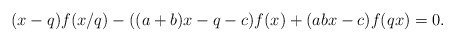
\begin{align*}(x-q) f(x/q) - ((a+b)x -q- c )f(x)+ (ab x- c )f(q x)=0.\end{align*}